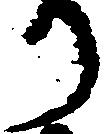
り